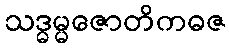
သဒ္ဓမ္မဇောတိကဓဇ